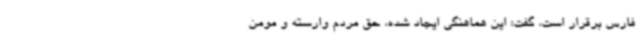
فارس برقرار است، گفت: این هماهنگی ایجاد شده، حق مردم وارسته و مومن